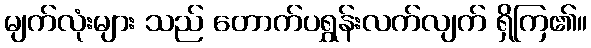
မျက်လုံးများ သည် တောက်ပရွှန်းလက်လျက် ရှိကြ၏။